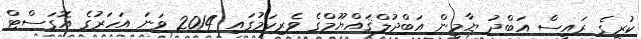
ކުރީގެ ރައީސް އަބްދު ޔާމީން އަބްދުލްޤައްޔޫމްގެ ވެރިކަމުގައި 2014 ވަނަ އަހަރުގެ އޮގަސްޓް